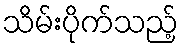
သိမ်းပိုက်သည့်